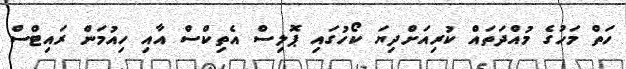
ހަތް މަހުގެ މުއްދަތައް ކުރިއަށްދިޔަ ކޯހުގައި ޕޮލިސް އެތިކްސް އާއި ހިއުމަން ރައިޓްސް